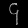
Digit: ၄